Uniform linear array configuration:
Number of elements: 8
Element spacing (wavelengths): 1
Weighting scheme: cosine
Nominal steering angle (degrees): -45
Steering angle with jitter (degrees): -46.633
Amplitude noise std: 0.05
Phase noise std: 0.05

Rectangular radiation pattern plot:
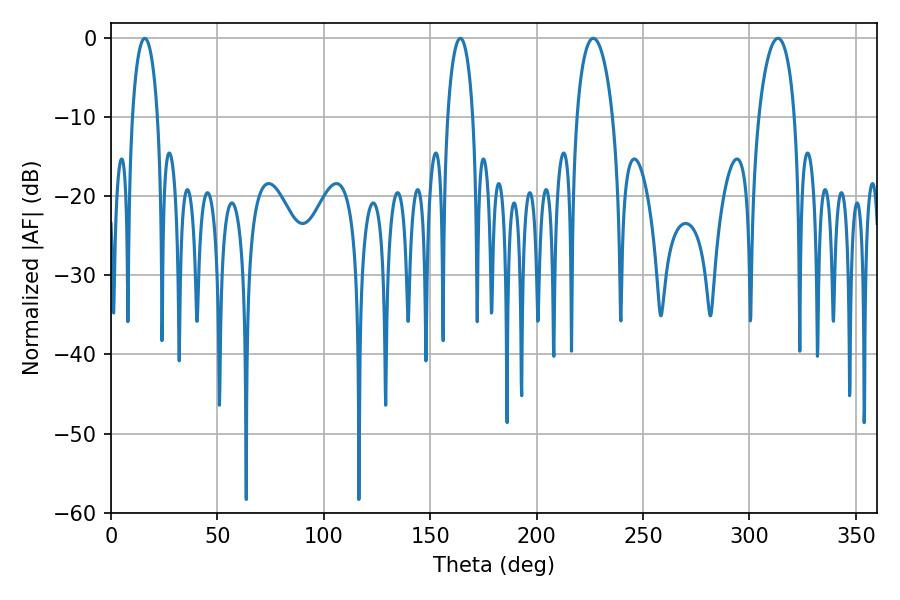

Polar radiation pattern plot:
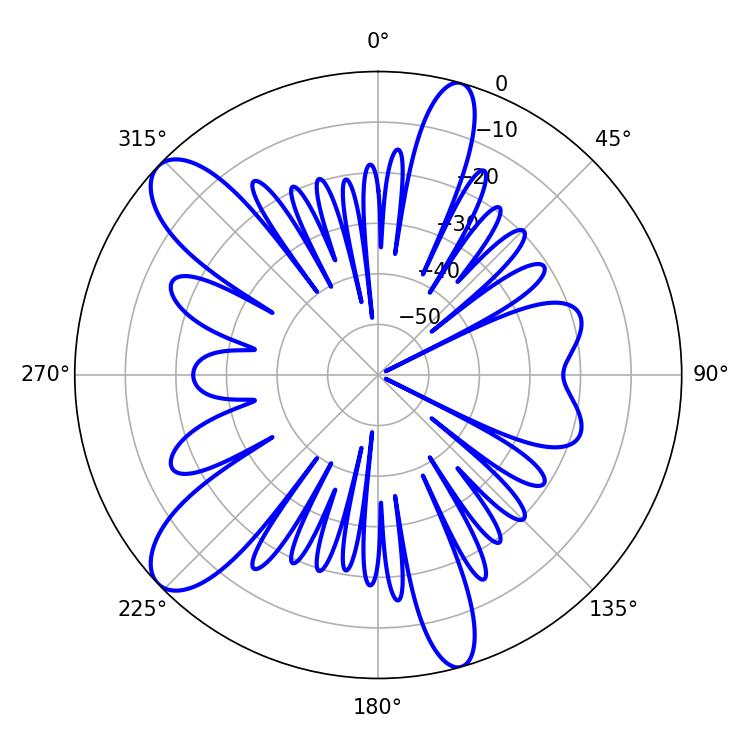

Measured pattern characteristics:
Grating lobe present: TRUE
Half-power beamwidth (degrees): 9.72
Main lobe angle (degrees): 226.62